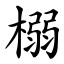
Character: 榒